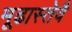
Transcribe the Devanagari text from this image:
मूढास्तेवै